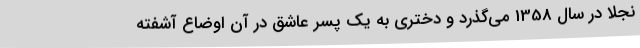
نجلا در سال 1358 می‌گذرد و دختری به یک پسر عاشق در آن اوضاع آشفته